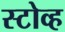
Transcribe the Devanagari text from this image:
स्टोव्ह